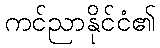
ကင်ညာနိုင်ငံ၏